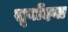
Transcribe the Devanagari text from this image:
सूर्योदया